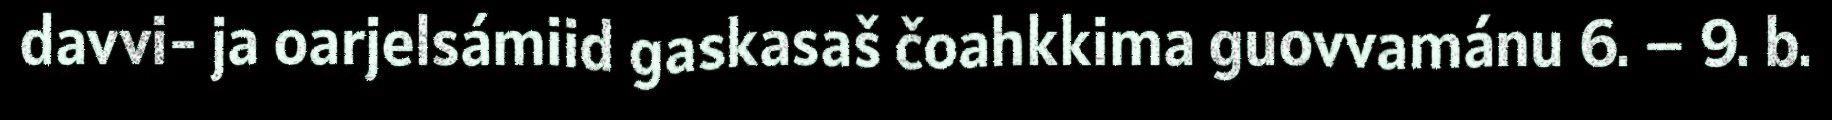
davvi- ja oarjelsámiid gaskasaš čoahkkima guovvamánu 6. – 9. b.